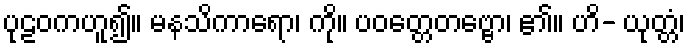
ပုဠဝကဟူ၍။ မနသိကာရော၊ ကို။ ပဝတ္တေတဗ္ဗော၊ ၏။ ဟိ- ယုတ္တံ၊